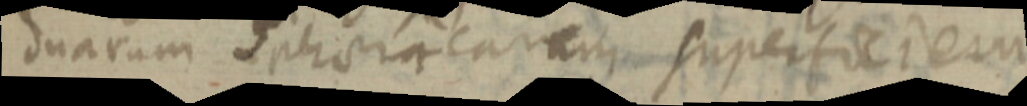
duarum sphaericarum superficiem